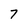
Character: 7